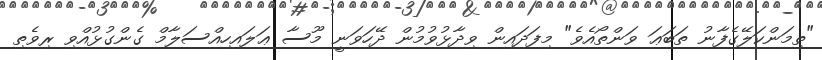
"ތިމަންކަލޭގެފާނު ތަބަޢަ ވަންތޯއެވެ" މިފަދައިން ވިދާޅުވުމުން ދޭހަވަނީ މޫސާ ޢަލައިހިއްސަލާމް ގެންގުޅުއްވި ރިވެތި